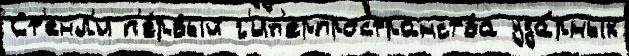
Ст'енл'и п'е́рвый г'ип'ерпространства уда́рных